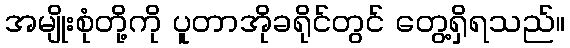
အမျိုးစုံတို့ကို ပူတာအိုခရိုင်တွင် တွေ့ရှိရသည်။